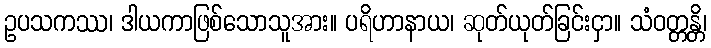
ဥပသကဿ၊ ဒါယကာဖြစ်သောသူအား။ ပရိဟာနာယ၊ ဆုတ်ယုတ်ခြင်းငှာ။ သံဝတ္တန္တိ၊